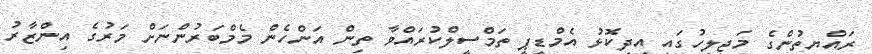
ރައްޔިތުންގެ މަޖިލީހުގައި އިދިކޮޅު އެމްޑީޕީ ތަމްސީލްކުރައްވާ ތިން އަންހެން މެމްބަރުންނަށް މަރުގެ އިންޒާރު